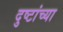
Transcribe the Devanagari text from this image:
दुष्टांच्या